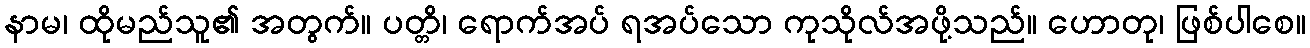
နာမ၊ ထိုမည်သူ၏ အတွက်။ ပတ္တိ၊ ရောက်အပ် ရအပ်သော ကုသိုလ်အဖို့သည်။ ဟောတု၊ ဖြစ်ပါစေ။